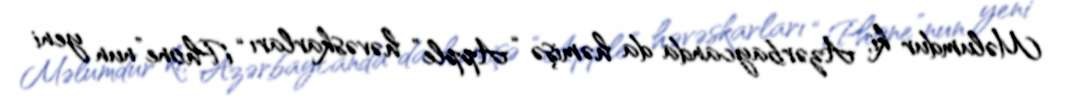
Məlumdur ki, Azərbaycanda da həmişə “Apple” həvəskarları “iPhone”nun yeni